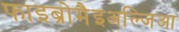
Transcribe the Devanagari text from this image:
फाइब्रोमैइअल्जिआ